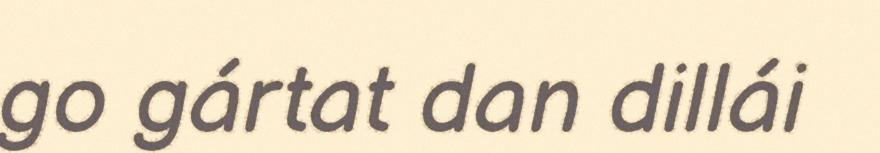
go gártat dan dillái